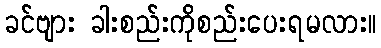
ခင်ဗျား ခါးစည်းကိုစည်းပေးရမလား။